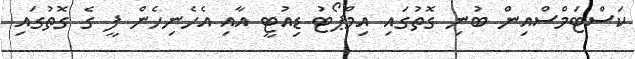
ކަސްޓަމްސްއިން ބުނި ގޮތުގައި އިމްޕޯޓު ޑިއުޓީ އާއި އެހެނިހެން ފީ ގެ ގޮތުގައި